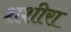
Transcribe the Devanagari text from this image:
शशीरा